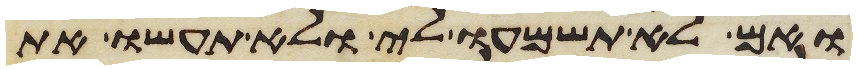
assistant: ואם לא תשמעו לי ולא תעשו את